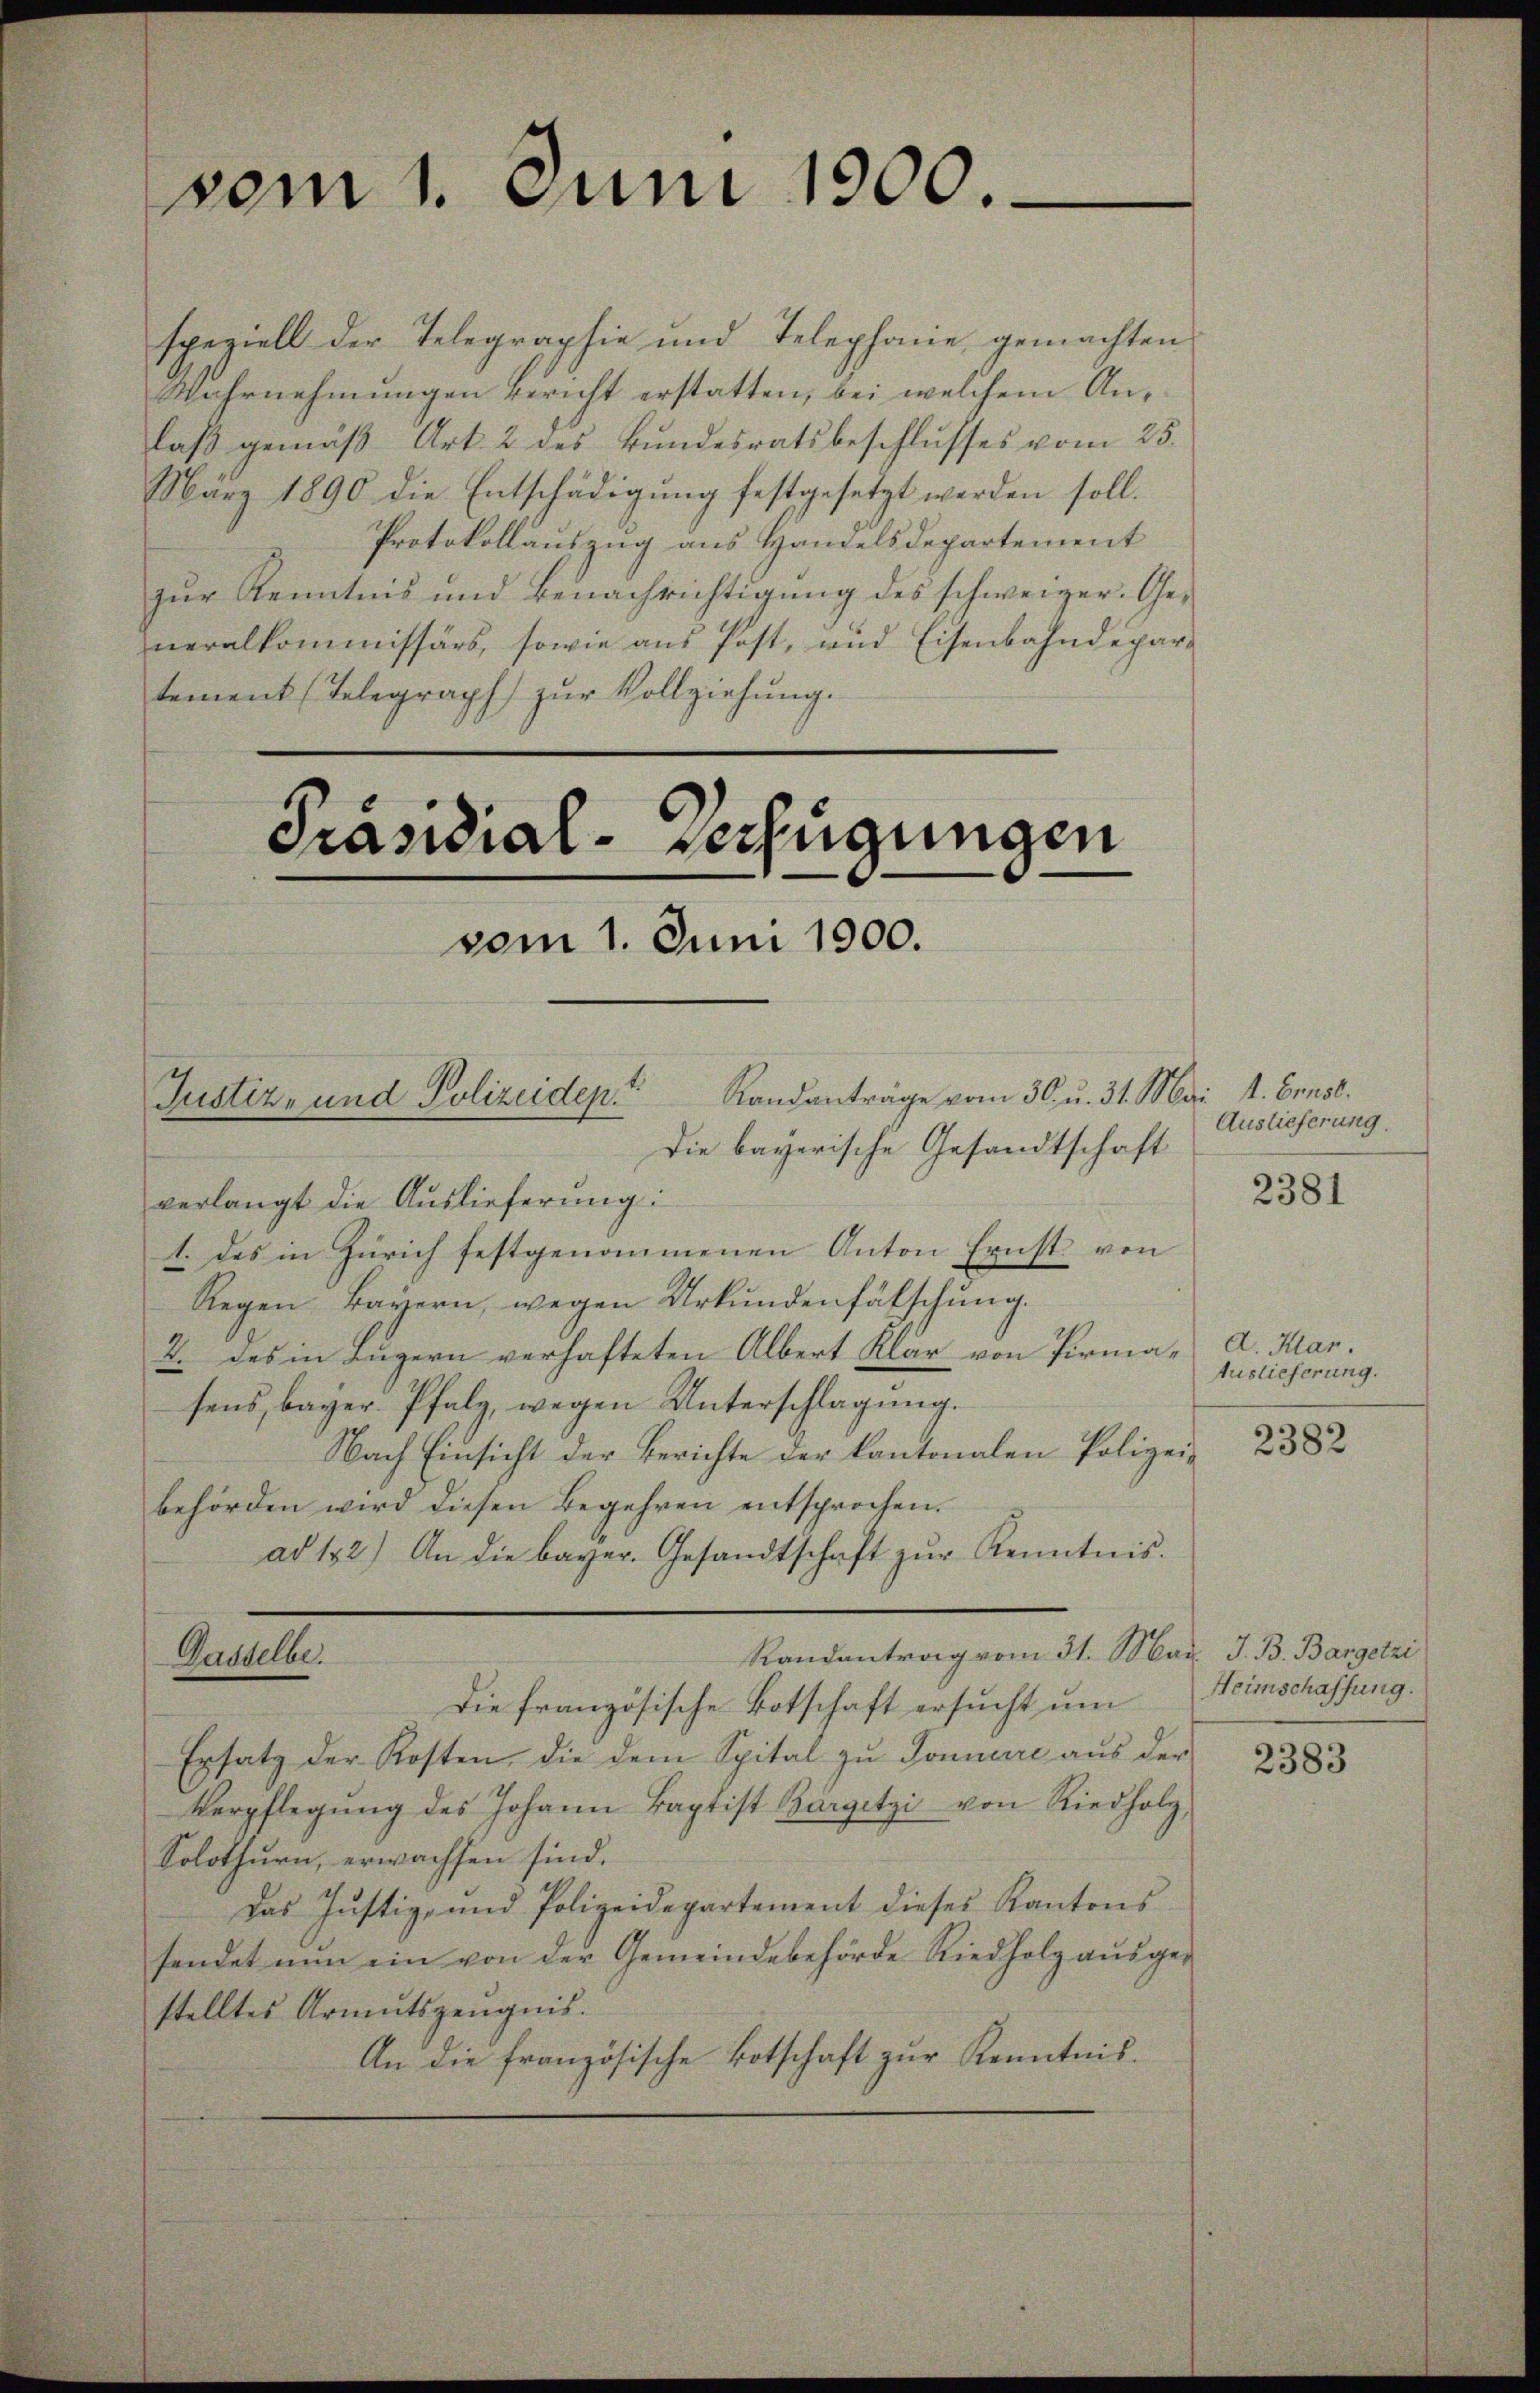
vom 1. Juni 1900.

speziell der Telegraphie und Telephonie gemachten
Wahrnehmungen Bericht erstatten, bei welchem Anlaß gemäß Art. 2 des Bundesratsbeschlusses vom 25.
März 1890 die Entschädigŭng festgesetzt werden soll.
Protokollauszug aus Handelsdepartement
zur Kenntnis und Benachrichtigung des schweizer. Generalkommissärs, sowie aus Post, und Eisenbahndepartement (Telegraph zur Vollziehung.

Präsidial-Verfügungen
vom 1. Juni 1900.
Randanträge vom 30. u. 31. Mai l. Ernst.
Justiz- und Polizeidep
Die bayerische Gesandtschaft

verlangt die Auslieferung:
1. des in Zürich festgenommenen Anton Ernst von
Regen Bayern, wegen Urkundenfälschung.
2. des in Luzern verhafteten Albert Klar von Pirmasens, bayer. Pfalz, wegen Unterschlagung.
Nach Einsicht der Berichte der kantonalen Polizei-
behörden wird diesen Begehren entsprochen.
ad 182) An die bayer. Gesandtschaft zŭr Kenntnis.
Randantrag vom 31. Mar. J. B. Bargetzi
Dasselbe.
Die französische Botschaft ersucht um
Ersatz der Kosten, die dem Spital zŭ Sonnere aŭs der
Verpflegŭng des Johann Baptist Bargetzi von Riedholz,
Solothurn, erwachsen sind.
Das Justiz, und Polizeidepartement dieses Kantons
sendet nun ein von der Gemeindebehörde Riedholz aŭsge-
stelltes Armutszeugnis.
An die französische Botschaft zur Kenntnis.

Auslieferung.

2381

A. Klar.
Auslieferung.

2382

Heimschaffung.

2383